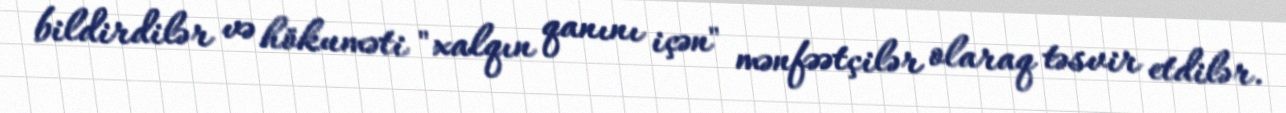
bildirdilər və hökuməti "xalqın qanını içən" mənfəətçilər olaraq təsvir etdilər.